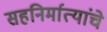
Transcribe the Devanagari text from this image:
सहनिर्मात्यांचे